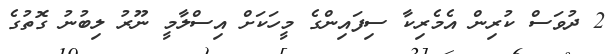
2 ދުވަަސް ކުރިން އެމެރިކާ ސިފައިންގެ މީހަކަށް އިސްލާމީ ނޫރު ލިބުނު ގޮތުގެ